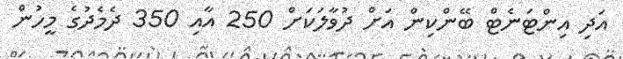
އަދި އިންޓަނެޓް ބޭންކިން އަށް ދުވާލަކަށް 250 އާއި 350 ދެމެދުގެ މީހުން